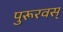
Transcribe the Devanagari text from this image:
पुरूरवस्